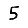
Digit: 5